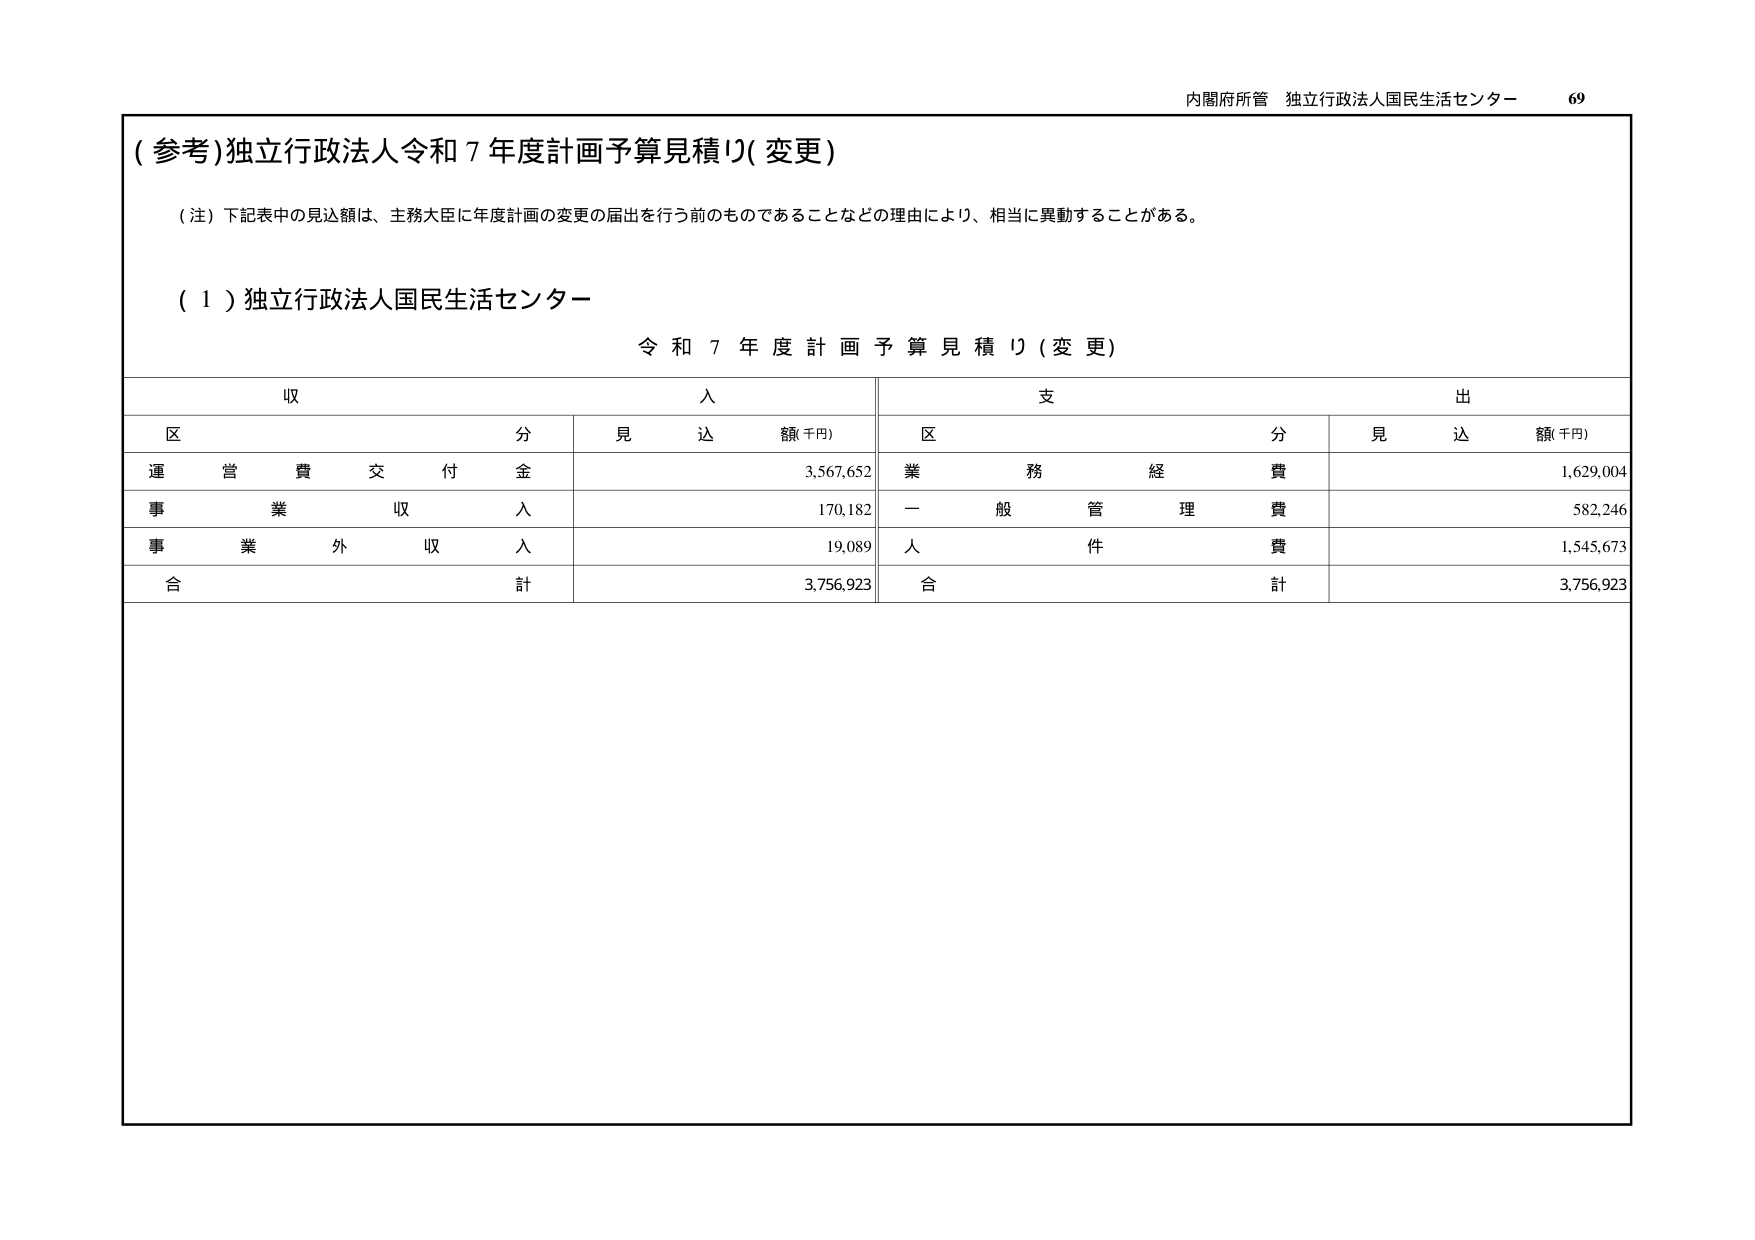
内閣府所管 独立行政法人国民生活センター 69
(参考)独立行政法人令和7年度計画予算見積り(変更)
(注)下記表中の見込額は、主務大臣に年度計画の変更の届出を行う前のものであることなどの理由により、相当に異動することがある。
(1)独立行政法人国民生活センター
令和7年度計画予算見積り(変更)
収入 支出
区分 見込額(千円) 区分 見込額(千円)
運営費交付金 3,567,652 業務経費 1,629,004
事業収入 170,182 一般管理費 582,246
事業外収入 19,089 人件費 1,545,673
合計 3,756,923 合計 3,756,923